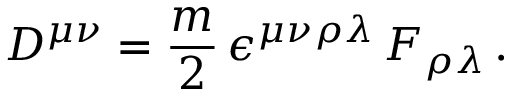
D ^ { \mu \nu } = { \frac { m } { 2 } } \, \epsilon ^ { \mu \nu \rho \lambda } \, F _ { \rho \lambda } \, .